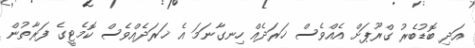
އަދި ބޮޑުބެރު ގްރޫޕަށް އެއްވެސް ޚަރަދެއް ހިނގާނަމަ އެ ޚަރަދެއްވެސް ކޮމެޓީގެ ފަރާތުން